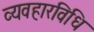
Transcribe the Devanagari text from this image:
व्यवहारविधि